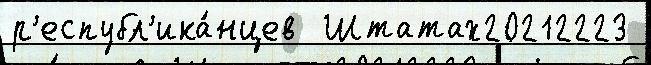
р'еспубл'ика́нцев  Штатах20212223